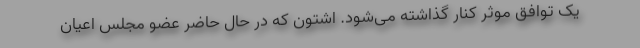
یک توافق موثر کنار گذاشته می‌شود. اشتون که در حال حاضر عضو مجلس اعیان